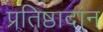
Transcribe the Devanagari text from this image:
प्रतिष्ठादान